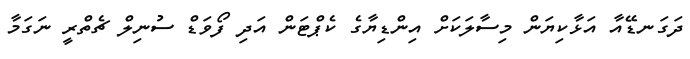
ދަގަނޑޭއާ އަޅާކިޔަން މިސާލަކަށް އިންޑިޔާގެ ކެޕްޓަން އަދި ފޯވަޑް ސުނިލް ޗެތްރީ ނަގަމާ